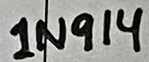
Text: 1N914